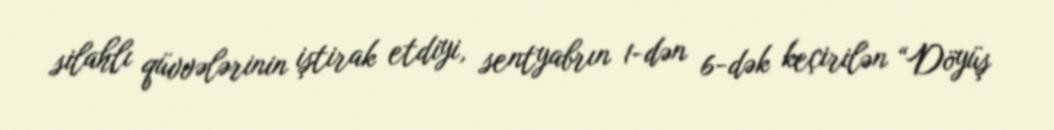
silahlı qüvvələrinin iştirak etdiyi, sentyabrın 1-dən 6-dək keçirilən “Döyüş